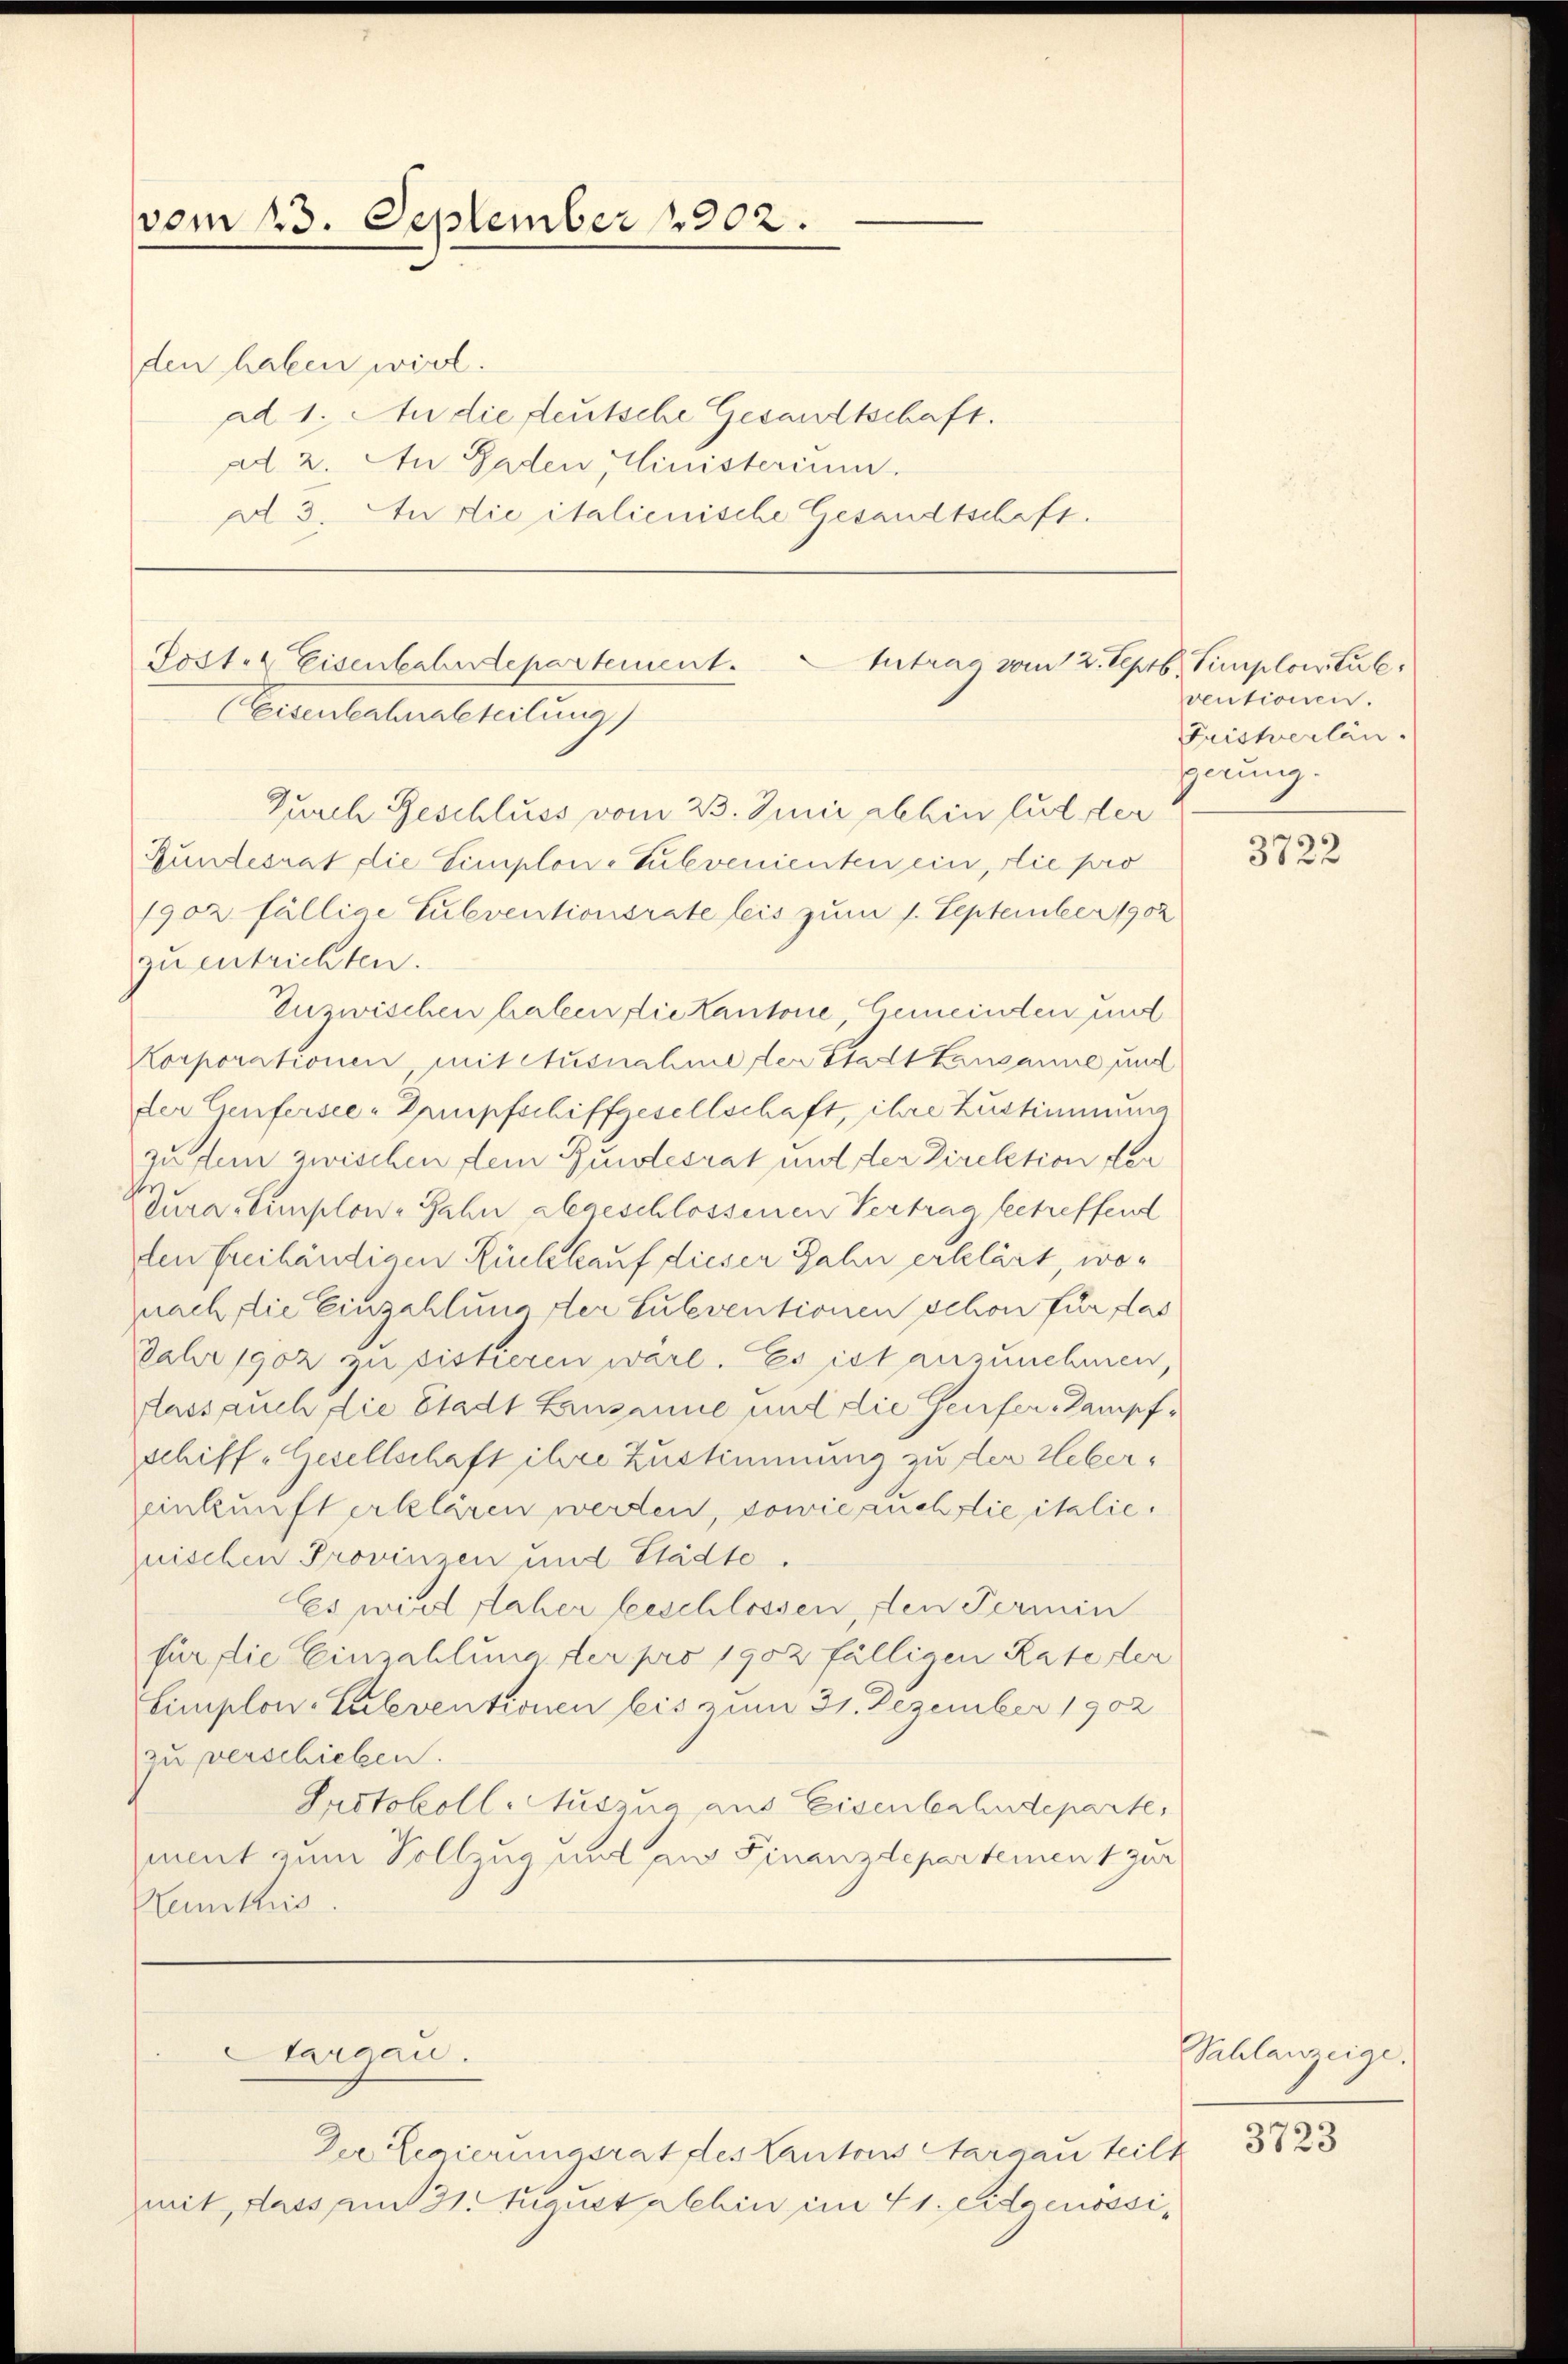
vom 13. September 1902.

den haben wird.
ad 1. An die deutsche Gesandtschaft.
ad 2. An Gaden Ministerium.
ad 3. An die italienische Gesandtschaft.

Post. Eisenbahndepartement.
tutrag vom 12. Apr
(Eisenbahnabteilung
Zurch Geschluss vom 23. Juni abhin lut der

Sarcan.

Bundesrat die Simplone Subvenienten ein, die pro
1902 fällige Subventionsrate leis zum 1. September 1902
zu entrichten.
Zuzwischen haben die Kantone, Gemeinden und
Korporationen, mit Ausnahme der Stadt Lausanne und
der Genfersee-Dampfschiffgesellschaft, ihre Zustimmung
zu dem zwischen dein Bundesrat und der Direktion der
dura templon-Jahn abgeschlossenen Vertrag betreffend
ten freihändigen Rückkauf dieser Jahn erklärt, wonach die Einzahlung der Suleventionen schon für das
Jahr 1902 zu sistieren wäre. Es ist anzunehmen,
Aass auch die Stadt Lausanne und die Genfer Kampfschiff-Gesellschaft ihre Zustimmung zu der Hebereinkunft erklären werden, sowie auch die italie
nischen Provinzen und Städte.
Es wird naher beschlossen, den Termin
für die Einzahlung der pro 1902 fälligen Rate der
Limplon-Culeventionen bis zum 31. Dezember 1902
zu verschieben.
Protokoll-Auszug aus Eisenbahndeparte,
mmt zum Vollzug und aus Finanzdepartement zur
Konkurs

b. Simploital.
ventionen.
Fristerlän
gerung.

Der Regierungsrat des Kantons Aargau teilt
mit, dass am 31. Mauet Albin im 41. Eidgenossi,

3722

Sahlanzeige.
3723